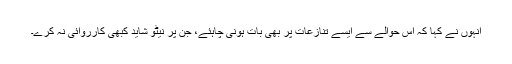
انہوں نے کہا کہ اس حوالے سے ایسے تنازعات پر بھی بات ہونی چاہئے، جن پر نیٹو شاید کبھی کارروائی نہ کرے۔